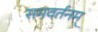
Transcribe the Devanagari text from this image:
समवर्तनम्